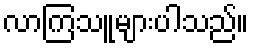
လာကြသူများပါသည်။